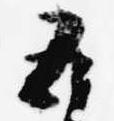
五